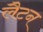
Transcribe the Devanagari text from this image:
लैटन